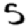
Digit: 5